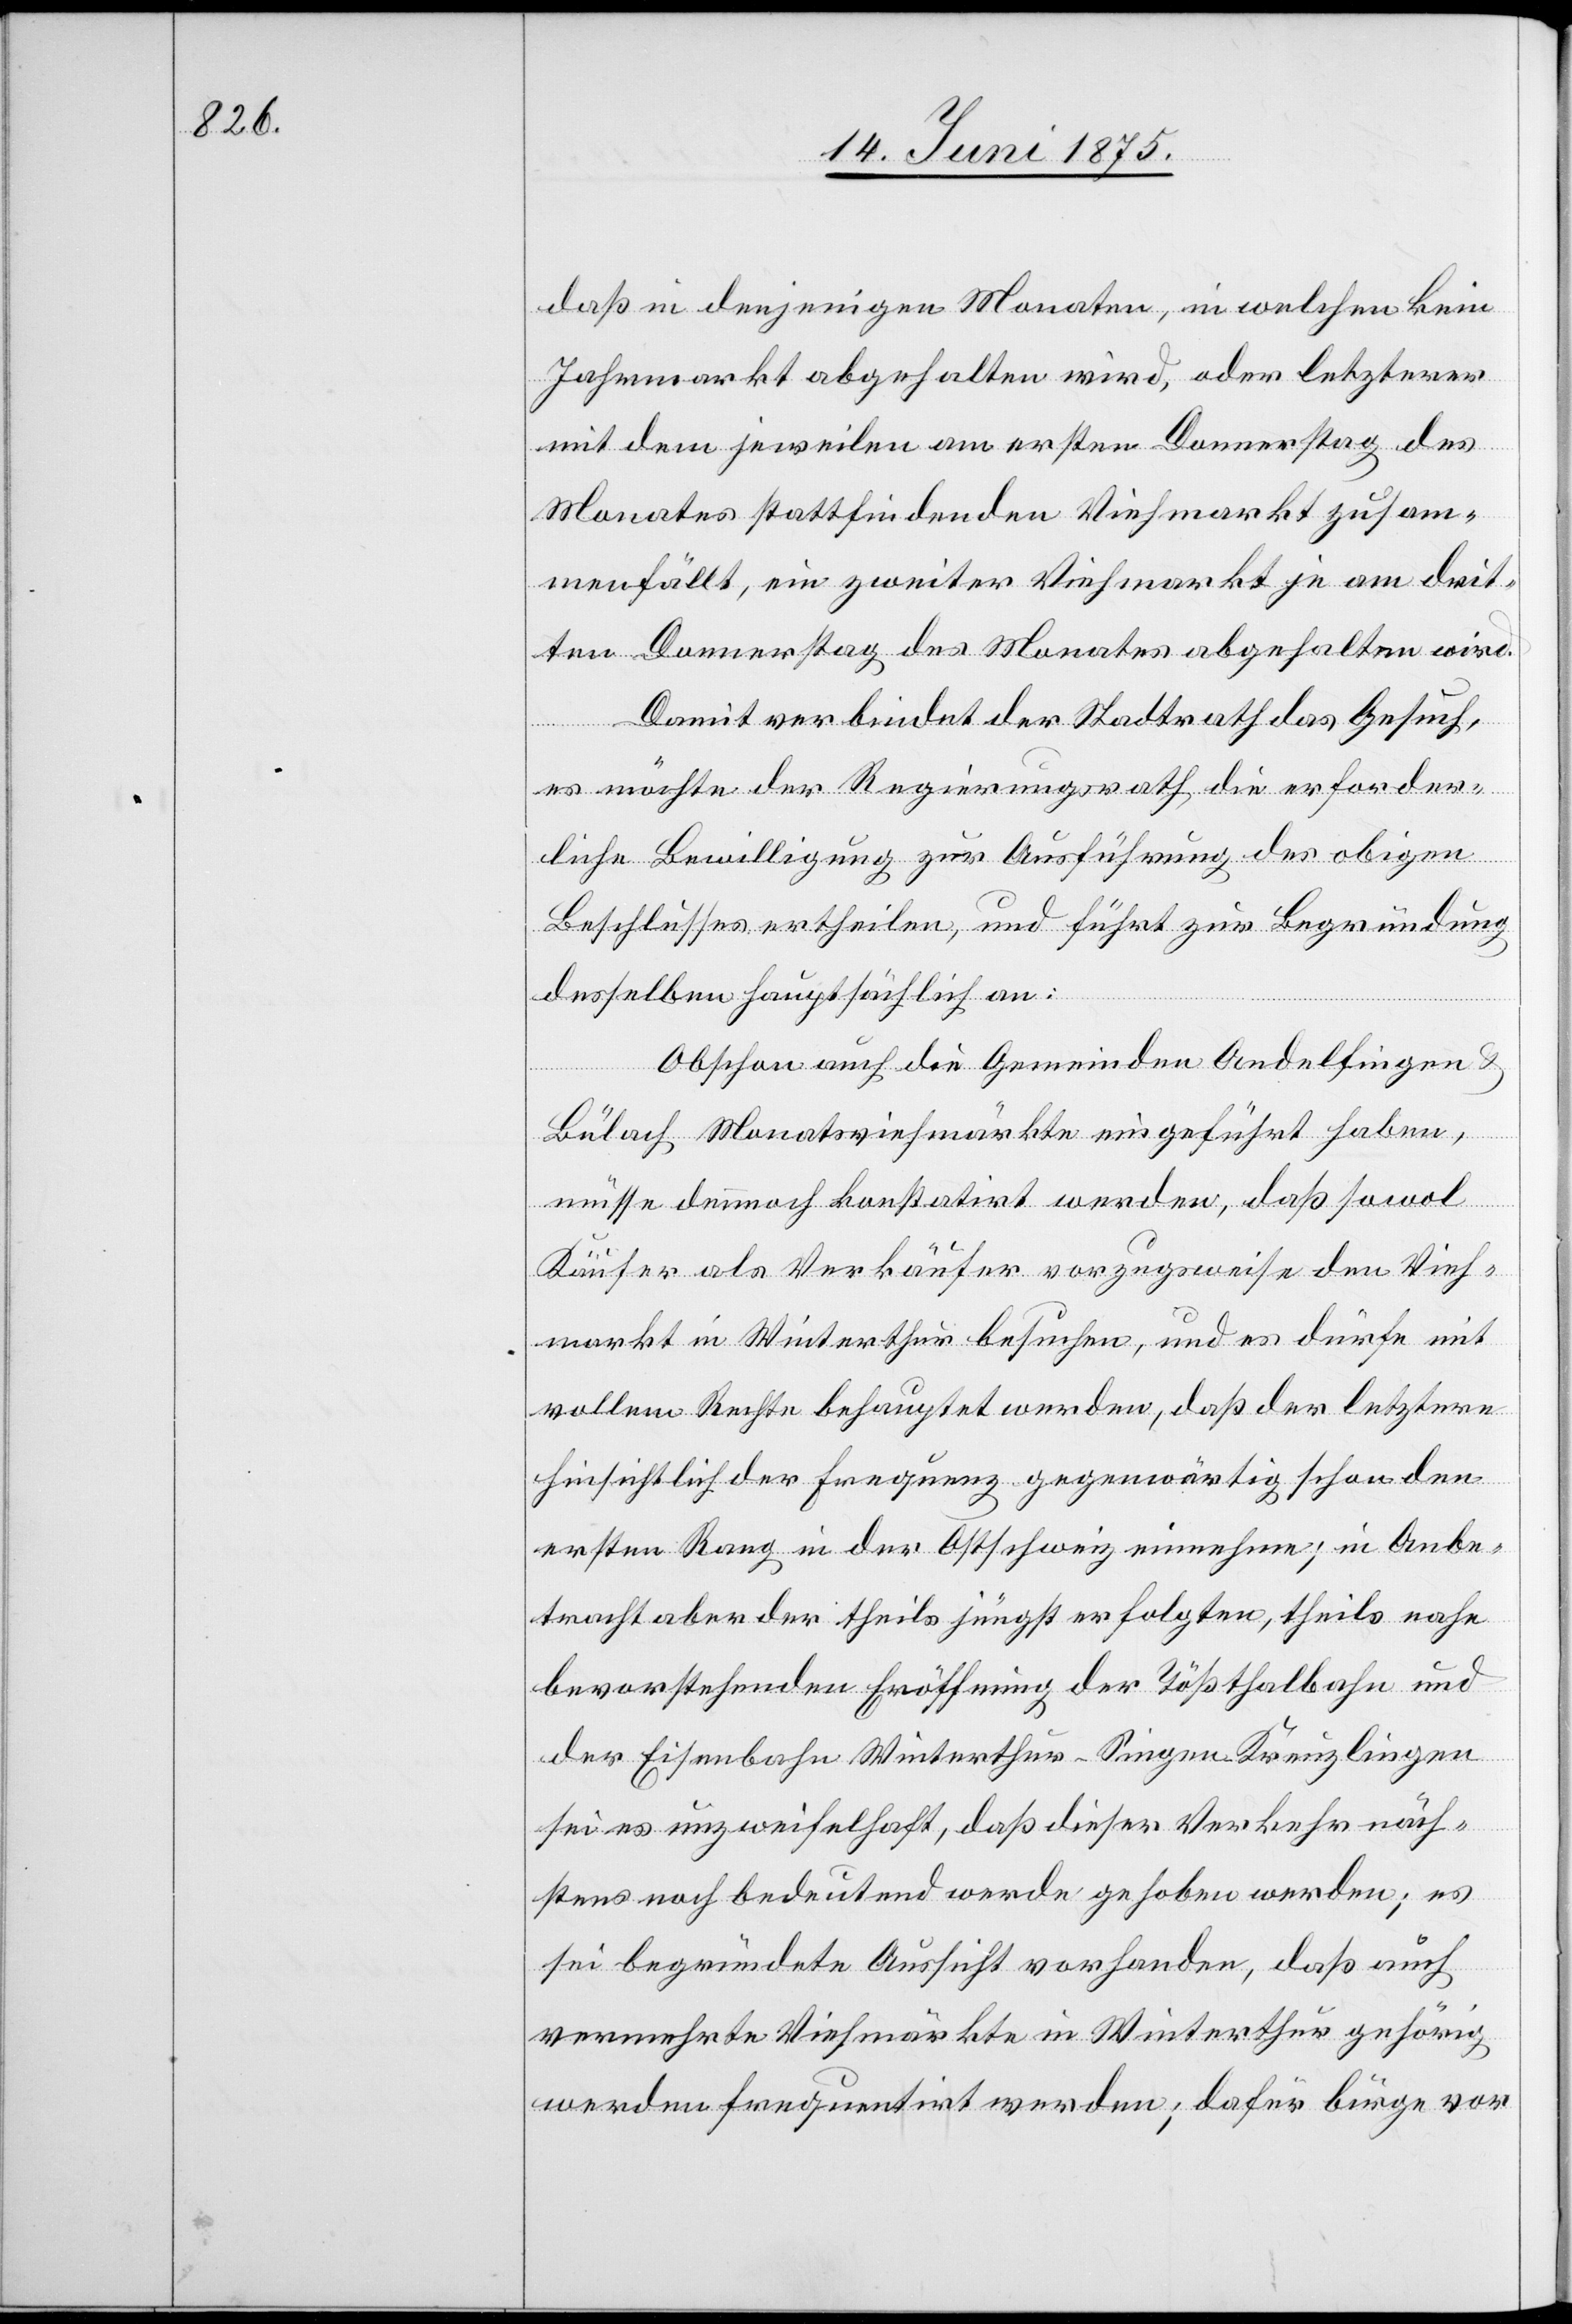
daß in denjenigen Monaten, in welchen keinen
Jahrmarkt abgehalten wird, oder letzterer
mit dem jeweilen am ersten Donnerstag des
Monates stattfindenden Viehmarkt je am
dritten Donnerstag des Monates abgehalten wird.
Damit verbindet der Stadtrath das Gesuch,
es möchte der Regierungsrath, die erforder¬
liche Bewilligung zur Ausführung des obigen
Beschlusses ertheilen, und führt zur Begründung
desselben hauptsächlich an:
Obschon auch die Gemeinden Andelfingen &
Bülach Monatsviehmärkte eingeführt haben,
müsse dennoch konstatirt werden, daß sowol
Käufer als Verkäufer vorzugsweise den Vieh¬
markt in Winterthur besuchen, und es dürfe mit
vollem Rechte behauptet werden, daß der letztere
hinsichtlich der Frequenz gegenwärtig schon den
ersten Rang in der Ostschweiz einnehme; in Anbe¬
tracht aber der theils jüngst erfolgten, theils nahe
bevorstehenden Eröffnung der Tößthalbahn und
der Eisenbahn Winterthur–Singen–Kreuzlingen
sei es unzweifelhaft, daß dieser Verkehr näch¬
stens noch bedeutend werde gehoben werden; es
sei begründete Aussicht vorhanden, daß auch
vermehrte Viehmärkte in Winterthur gehörig
werden frequentirt werden; dafür bürge vor